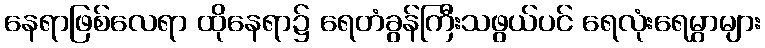
နေရာဖြစ်လေရာ ထိုနေရာ၌ ရေတံခွန်ကြီးသဖွယ်ပင် ရေလုံးရေမွှာများ